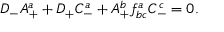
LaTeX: D _ { - } A _ { + } ^ { a } + D _ { + } C _ { - } ^ { a } + A _ { + } ^ { b } f _ { b c } ^ { a } C _ { - } ^ { c } = 0 .